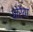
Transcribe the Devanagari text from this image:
धोरैया